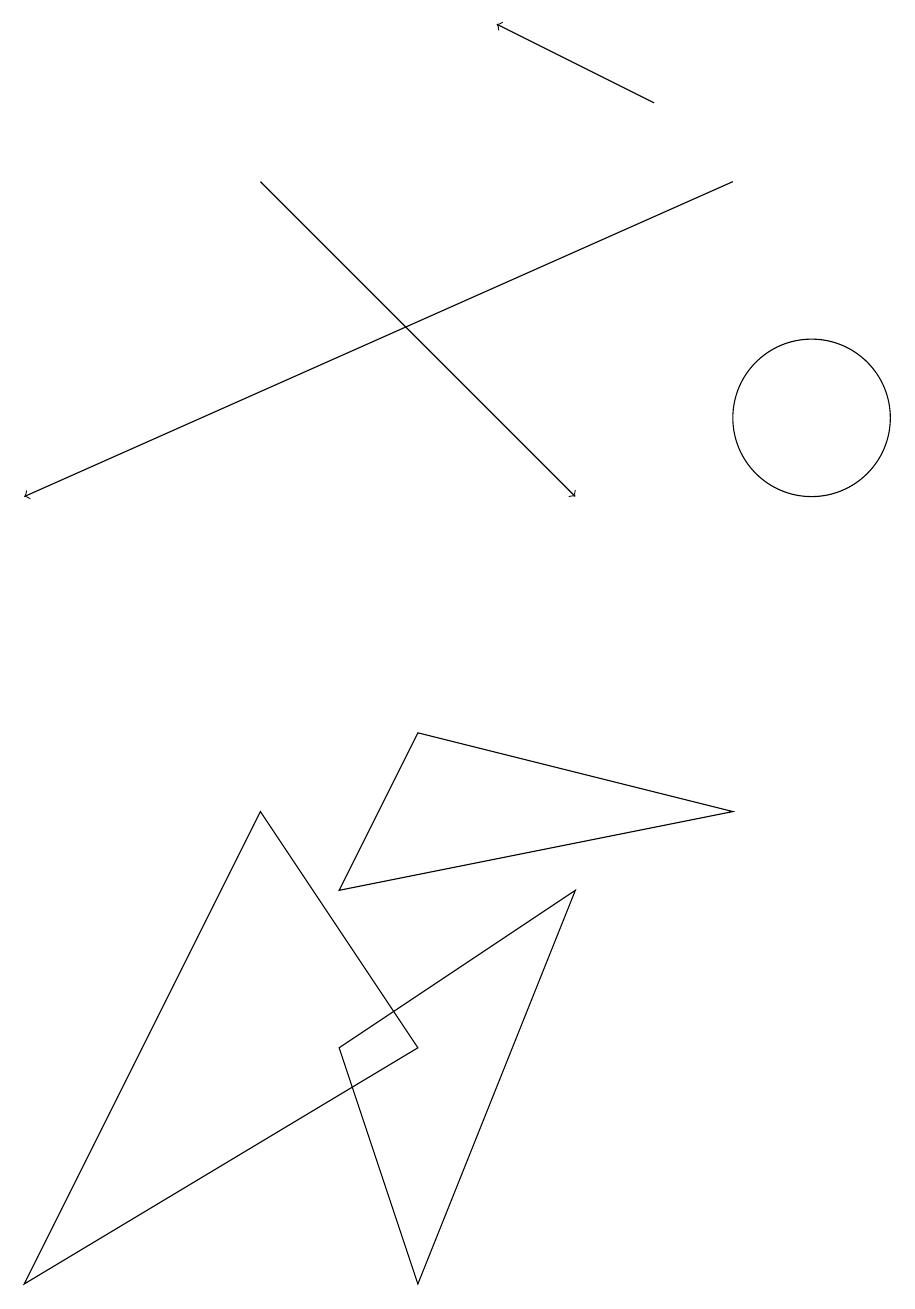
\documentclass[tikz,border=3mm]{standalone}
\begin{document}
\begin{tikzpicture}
\draw[->] (9,15) -- (0,11);
\draw (0,1) -- (5,4) -- (3,7) -- cycle;
\draw[->] (8,16) -- (6,17);
\draw[->] (3,15) -- (7,11);
\draw (4,4) -- (5,1) -- (7,6) -- cycle;
\draw (4,6) -- (5,8) -- (9,7) -- cycle;
\draw (11,10) circle (0);
\draw (10,12) circle (1);
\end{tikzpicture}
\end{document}